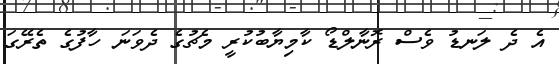
އެ ދެ ލަނޑު ވެސް ރޮނާލްޑޯ ކާމިޔާބުކުރީ މެޗުގެ ދެވަނަ ހާފުގެ ތެރޭގަ